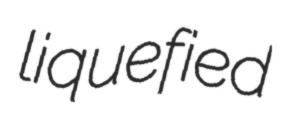
liquefied